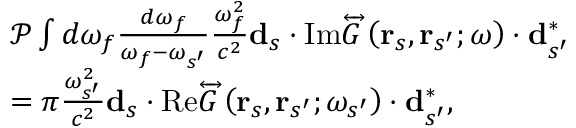
\begin{array} { r l } & { \mathcal { P } \int d \omega _ { f } \frac { d \omega _ { f } } { \omega _ { f } - \omega _ { s ^ { \prime } } } \frac { \omega _ { f } ^ { 2 } } { c ^ { 2 } } \mathbf { d } _ { s } \cdot \mathrm { I m } \overleftrightarrow { G } \left( \mathbf { r } _ { s } , \mathbf { r } _ { s ^ { \prime } } ; \omega \right) \cdot \mathbf { d } _ { s ^ { \prime } } ^ { * } } \\ & { = \pi \frac { \omega _ { s ^ { \prime } } ^ { 2 } } { c ^ { 2 } } \mathbf { d } _ { s } \cdot \mathrm { R e } \overleftrightarrow { G } \left( \mathbf { r } _ { s } , \mathbf { r } _ { s ^ { \prime } } ; \omega _ { s ^ { \prime } } \right) \cdot \mathbf { d } _ { s ^ { \prime } } ^ { * } , } \end{array}